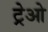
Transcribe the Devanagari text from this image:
ट्रेओ